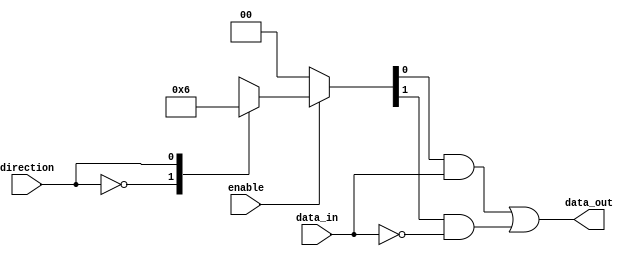
module tri_state_buffer(
    input wire enable, // control signal to enable/disable the buffer
    input wire direction, // control signal to set data flow direction
    input wire data_in, // input data signal
    output reg data_out // output data signal
);

reg [1:0] buffer_state; // state of the buffer: 2'b00 = Z state, 2'b01 = logic 0, 2'b10 = logic 1

assign data_out = (buffer_state[0] & data_in) | (buffer_state[1] & ~data_in);

always @ (enable or direction)
begin
    if(enable)
    begin
        case(direction)
            1'b0: buffer_state <= 2'b01; // set buffer state to logic 0
            1'b1: buffer_state <= 2'b10; // set buffer state to logic 1
        endcase
    end
    else
    begin
        buffer_state <= 2'b00; // set buffer state to high-impedance (Z state)
    end
end

endmodule